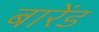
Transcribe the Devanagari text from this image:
बारेंड